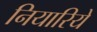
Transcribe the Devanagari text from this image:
नियारिये